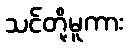
သင်တို့မူကား